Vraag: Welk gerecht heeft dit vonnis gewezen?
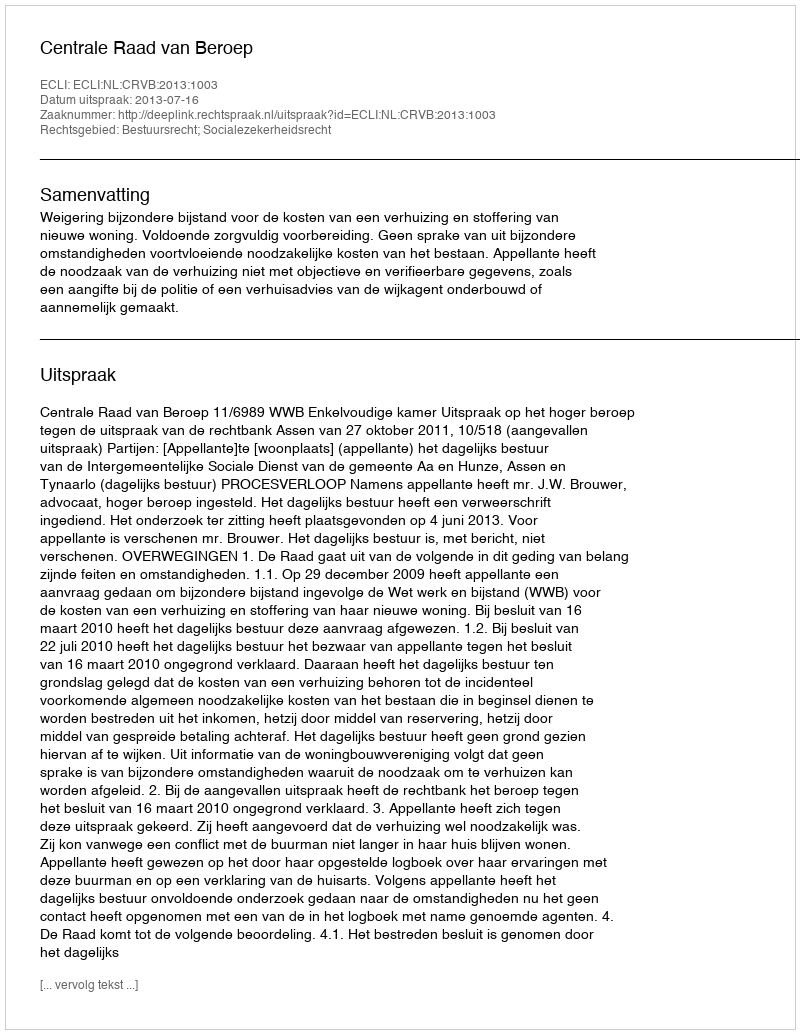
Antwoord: Centrale Raad van Beroep